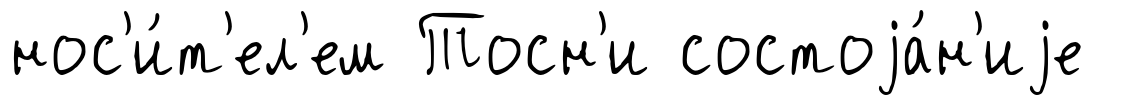
нос'и́т'ел'ем Тосн'и состоjа́н'иjе